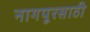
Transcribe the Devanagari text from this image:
नागपूरसाठी